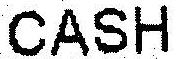
CASH